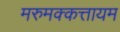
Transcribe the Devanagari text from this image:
मरुमक्कत्तायम